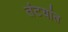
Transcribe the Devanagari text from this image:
तंटयांत